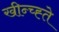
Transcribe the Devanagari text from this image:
खीन्च्ह्ते